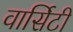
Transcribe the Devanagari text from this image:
वार्सिटी